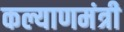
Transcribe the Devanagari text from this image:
कल्याणमंत्री